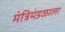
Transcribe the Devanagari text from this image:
मंत्रिमंडळाला